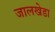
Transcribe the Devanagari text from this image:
जालखेडा